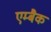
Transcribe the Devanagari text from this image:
एम्बैक